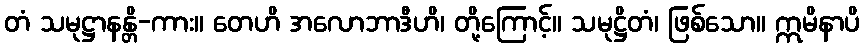
တံ သမုဋ္ဌာနန္တိ-ကား။ တေဟိ အလောဘာဒီဟိ၊ တို့ကြောင့်။ သမုဋ္ဌိတံ၊ ဖြစ်သော။ ဣမိနာပိ